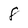
Character: 8